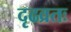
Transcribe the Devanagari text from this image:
दृढव्रतः